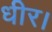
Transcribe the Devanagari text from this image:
धीर।